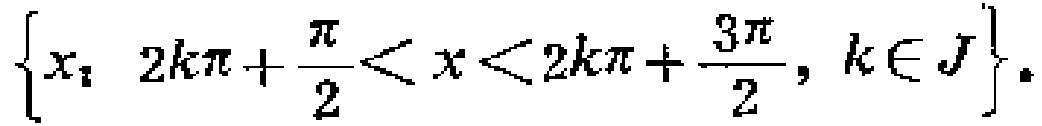
\(\{x_{：} \ 2k\pi+\frac{\pi}{2}<x<2k\pi+\frac{3\pi}{2}, k\in J\}.\)